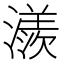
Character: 㵪